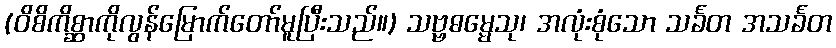
(ဝိစိကိစ္ဆာကိုလွန်မြောက်တော်မူပြီးသည်။) သဗ္ဗဓမ္မေသု၊ အလုံးစုံသော သင်္ခတ အသင်္ခတ